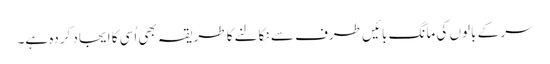
سر کے بالوں کی مانگ بائیں طرف سے نکالنے کا طریقہ بھی اُسی کا اِیجاد کردہ ہے۔